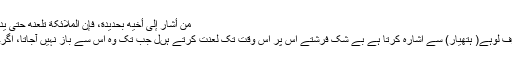
مَنْ أَشَارَ إِلَی أَخِيهِ بِحَدِيدَةٍ، فَإِنَّ الْمَلَائِکَةَ تَلْعَنُهُ حَتَّی يَدَعَهُ، وَإِنْ کَانَ أَخَاهُ لِأَبِيهِ وَأُمِّهِ.
جو کوئی اپنے بھائی کی طرف لوہے( ہتھیار) سے اشارہ کرتا ہے بے شک فرشتے اس پر اس وقت تک لعنت کرتے ہںل جب تک وہ اس سے باز نہیں آجاتا، اگرچہ وہ اس کا حقیقی بھائی ہو۔